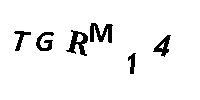
TGRM14